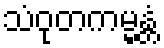
သံဝုတကမ္မန္တံ